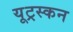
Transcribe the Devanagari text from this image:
यूट्रस्कन